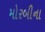
મોરબીના